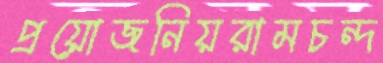
প্রয়োজনিয়রামচন্দ